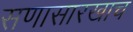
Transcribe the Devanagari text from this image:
सणासारखाच